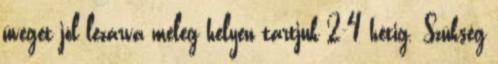
üveget jól lezárva meleg helyen tartjuk 2-4 hétig. Szükség